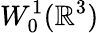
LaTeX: W_{0}^{1}({\mathbb R}^{3})